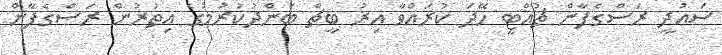
ސައުދީ ރަސްގެފާން ޗުއްޓީ ހޭދަ ކުރައްވާ އިރު ބީޗް ބަންދުކުރުމުގެ އިތުރުން ރަސްގެފާން